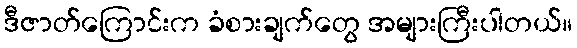
ဒီဇာတ်ကြောင်းက ခံစားချက်တွေ အများကြီးပါတယ်။